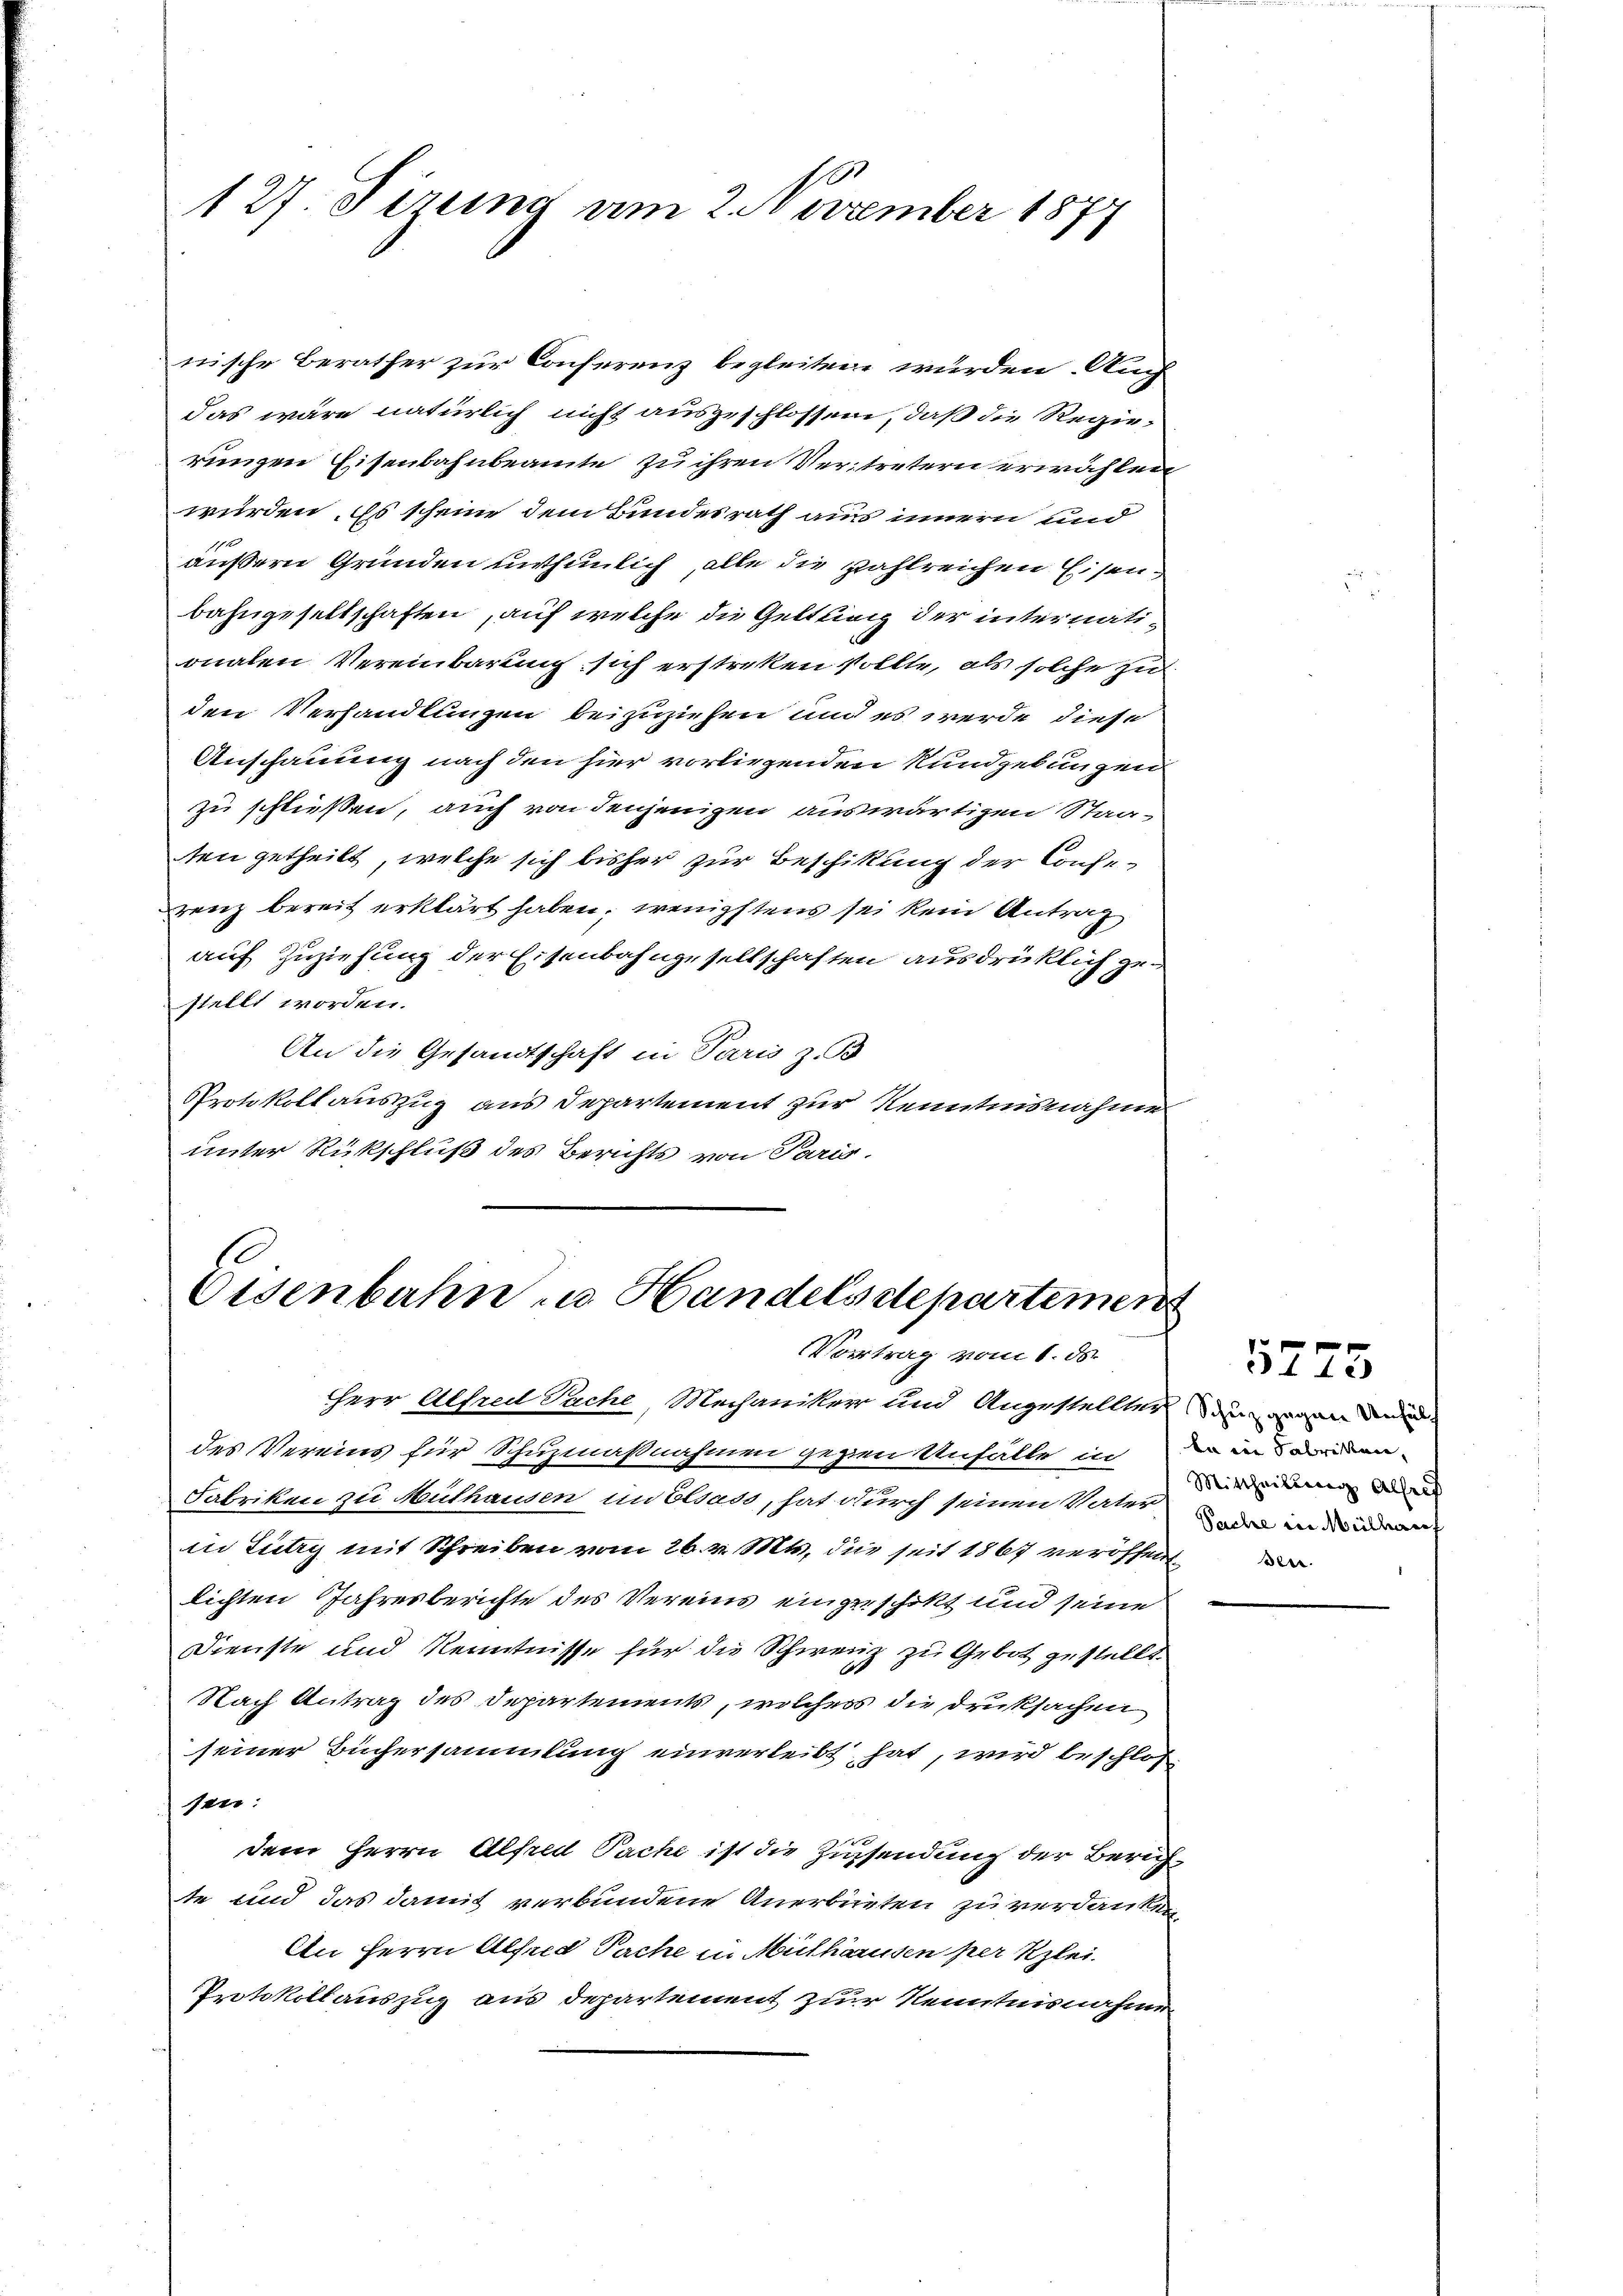
127 Firung am 2. November 1877

nische Berather zur Conferenz begleiten würden. Auch
das wäre natürlich nicht ausgeschlossen, daß die Regierungen Eisenbahnbeamte zu ihren Vertretern erwählen
würden. Es scheine dem Bundesrath aus innern und
1
außern Gründen unthumlich, alle die zahlreichen Eisenbahngesellschaften, auf welche die Geltling der internationalen Vereinbarung sich erstreken sollte, als solche zu
den Verhandlungen beizuziehen und es werde diese
Anschauung nach den hier vorliegenden Rundgebungen
zu schließen, auch von denjenigen auswärtigen Staa-
ten getheilt, welche sich bisher zur Beschikung der Conse-
zenz bereit erklärt haben, wenigstens sei kein Antrag
auf Zuziehung der Eisenbahngesellschaften ausdrücklich zustellt worden.
An die Gesandtschaft in Paris z. B
Protokollauszug aus Departement zur Kenntnisnahme
unter Rückschluß des Berichts von Paris.

Eisenbahn u. Handelsdepartemen
Vortrag vom 1. ds.

Herr Alfred Sache, Mechaniker und Angestellter den an den
des Vereins für Schuzmaßnahmen gegen Unfälle in in den
Fabriken zu Muthausen im Elsass, hat durch seinen Vater
in Lutry mit Schreiben vom 26. v. Mts. die seit 1867 veröffent
lichten Jahresberichte des Vereins eingerschikt und seine
Dienste und Kenntnisse für die Schweiz zu Gebot gestellt
Nach Antrag des Departements, welcher die Druksachen
seiner Büchersammlung einverleibt, hat, wird beschloß
sen:
0
dem Herrn Alfred Pache ist die Zinsendung der Zürichte und das damit verbundene Anerbieten zu verdanken
An Herrn Alfred Sache in Mülhärusen per Klei¬
Protokollauszug aus departement zur Kenntnisnahme

5773

Mittheilung Alleef
Sache in Müllerauf